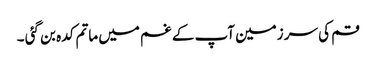
قم کی سر زمین آپ کے غم میں ماتم کدہ بن گئی ۔